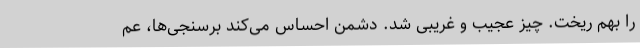
را بهم ریخت. چیز عجیب و غریبی شد. دشمن احساس می‌کند برسنجی‌ها، عم